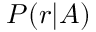
P ( r | A )